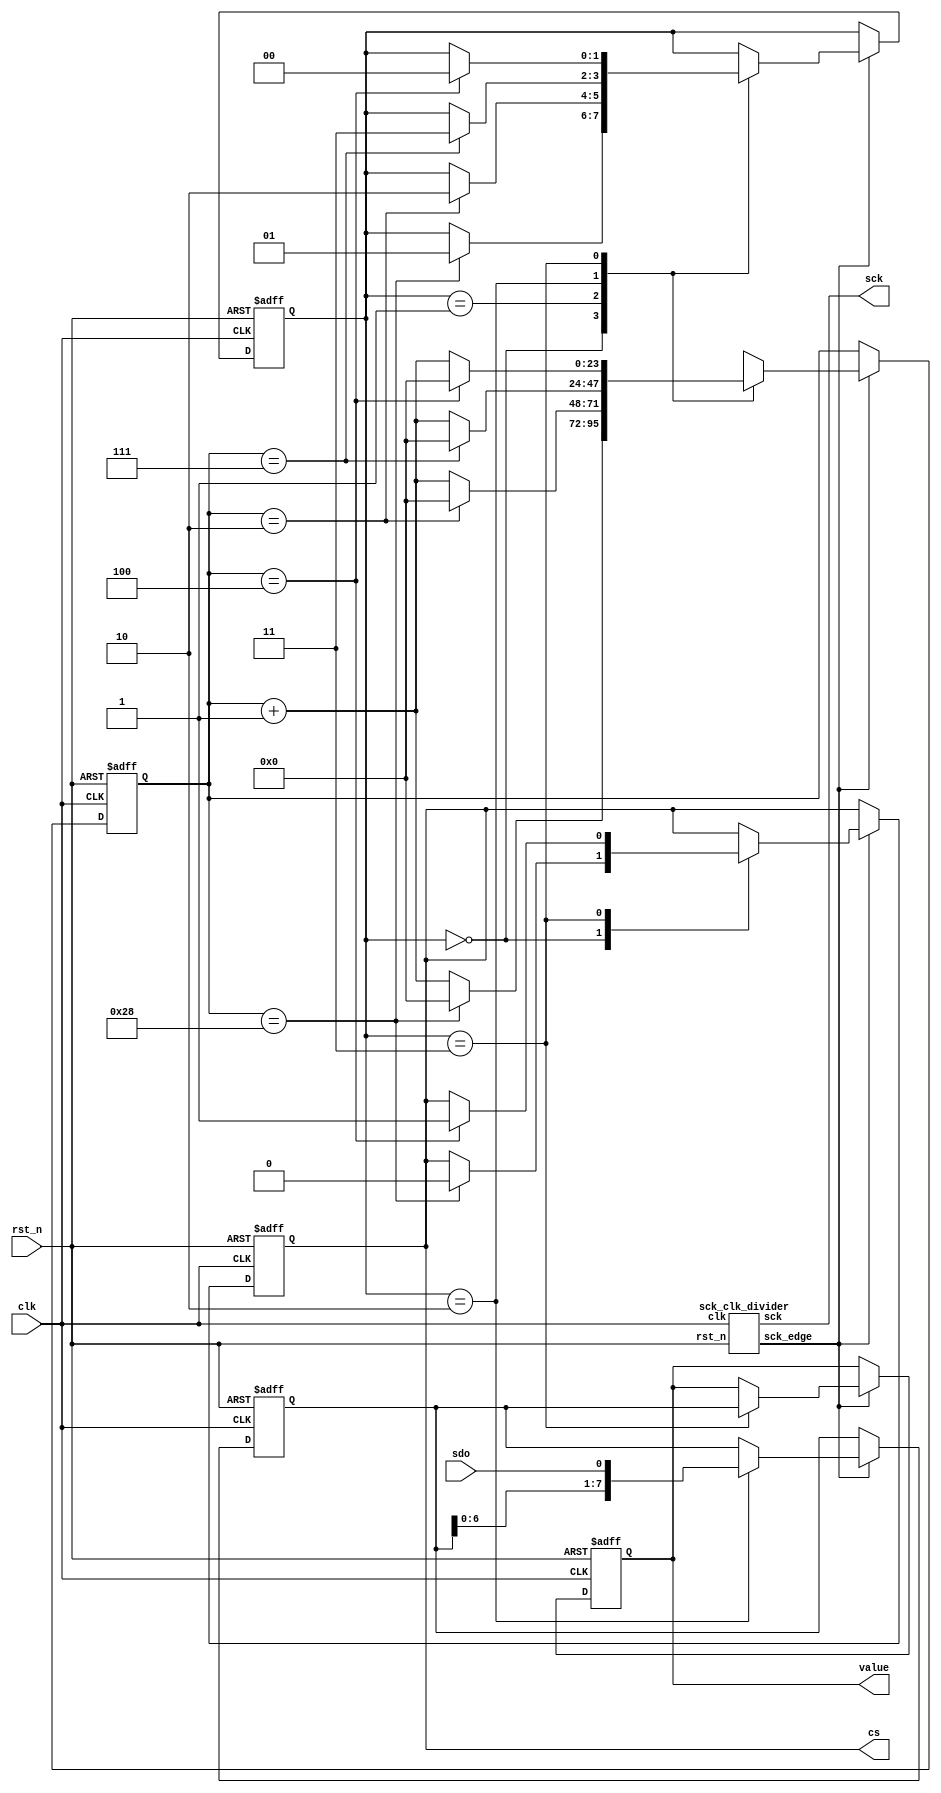
/*
 * Digital Design Lab Manual
 * Lab #9
 *
 * Copyright(c) 2017 Stanislav Zhelnio 
 *
 */

module pmod_als
#(
    parameter QUERY_DELAY = 40
)
(
    input             clk,
    input             rst_n,
    output reg        cs,
    output            sck,
    input             sdo,
    output reg  [7:0] value
);

    localparam  S_IDLE       = 0,
                S_PREFIX     = 1,
                S_DATA       = 2,
                S_POSTFIX    = 3;

    localparam  IDLE_SIZE    = QUERY_DELAY,
                PREFIX_SIZE  = 2,
                DATA_SIZE    = 7,
                POSTFIX_SIZE = 4;

    // sck clock divider
    wire sck_edge;
    sck_clk_divider scd
    (
        .clk        ( clk      ),
        .rst_n      ( rst_n    ),
        .sck        ( sck      ),
        .sck_edge   ( sck_edge )
    );

    // State hold registers
    reg  [ 1:0] State;
    reg  [23:0] cnt;
    reg  [ 7:0] buffer;

    // Next state determining
    always @ (posedge clk or negedge rst_n)
        if(~rst_n) begin
            State  <= S_IDLE;
            cnt    <= 24'b0;
            buffer <= 8'b0;
            value  <= 8'b0;
            cs     <= 1'b1;
            end
        else begin
            if (sck_edge)
                case(State) 
                    S_IDLE    : begin 
                                    if(cnt == IDLE_SIZE) begin
                                        State <= S_PREFIX;
                                        cs <= 1'b0;
                                    end
                                    cnt <= (cnt == IDLE_SIZE) ? 0 : cnt + 1;
                                end
                    S_PREFIX  : begin 
                                    if(cnt == PREFIX_SIZE) State <= S_DATA;
                                    cnt <= (cnt == PREFIX_SIZE) ? 0 : cnt + 1;
                                end
                    S_DATA    : begin 
                                    if(cnt == DATA_SIZE) State <= S_POSTFIX;
                                    cnt <= (cnt == DATA_SIZE) ? 0 : cnt + 1;
                                    buffer <= { buffer[6:0], sdo };
                                end
                    S_POSTFIX : begin 
                                    if(cnt == POSTFIX_SIZE) begin
                                        State <= S_IDLE;
                                        cs <= 1'b1;
                                    end
                                    cnt <= (cnt == POSTFIX_SIZE) ? 0 : cnt + 1;
                                    value <= buffer;
                                end
                endcase
        end

endmodule


module sck_clk_divider
(
    input       clk,
    input       rst_n,
    output  reg sck,
    output  reg sck_edge
);
    localparam  S_DOWN = 0,
                S_EDGE = 1,
                S_UP   = 2;

    localparam  DOWN_SIZE = 7,
                UP_SIZE = DOWN_SIZE - 1; // because 1 cycle of S_EDGE;

    // State hold registers
    reg  [1:0] State;
    reg  [2:0] cnt;

    // Next state determining
    always @ (posedge clk or negedge rst_n)
        if(~rst_n) begin
            State  <= S_DOWN;
            cnt    <= 3'b0;
            end
        else begin
            case(State) 
                S_DOWN : begin 
                            if(cnt == DOWN_SIZE) begin
                                State <= S_EDGE;
                                sck_edge <= 1'b1;
                                sck <= 1'b1;
                            end
                            cnt <= (cnt == DOWN_SIZE) ? 0 : cnt + 1;
                         end
                S_EDGE : begin 
                            State <= S_UP; 
                            cnt <= 0;
                            sck_edge <= 1'b0;
                         end
                S_UP   : begin 
                            if(cnt == UP_SIZE) begin
                                State <= S_DOWN;
                                sck <= 1'b0;
                            end
                            cnt <= (cnt == UP_SIZE) ? 0 : cnt + 1;
                         end
            endcase
        end

endmodule